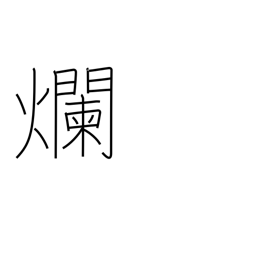
Meaning: be sore